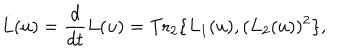
\dot { L } ( u ) = { \frac { d } { d t } } L ( u ) = \mathrm { T r } _ { 2 } \{ L _ { 1 } ( u ) , ( L _ { 2 } ( u ) ) ^ { 2 } \} ,